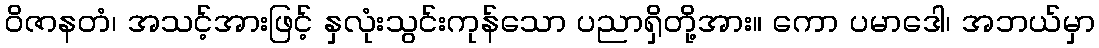
ဝိဇာနတံ၊ အသင့်အားဖြင့် နှလုံးသွင်းကုန်သော ပညာရှိတို့အား။ ကော ပမာဒေါ၊ အဘယ်မှာ